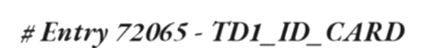
# Entry 72065 - TD1_ID_CARD